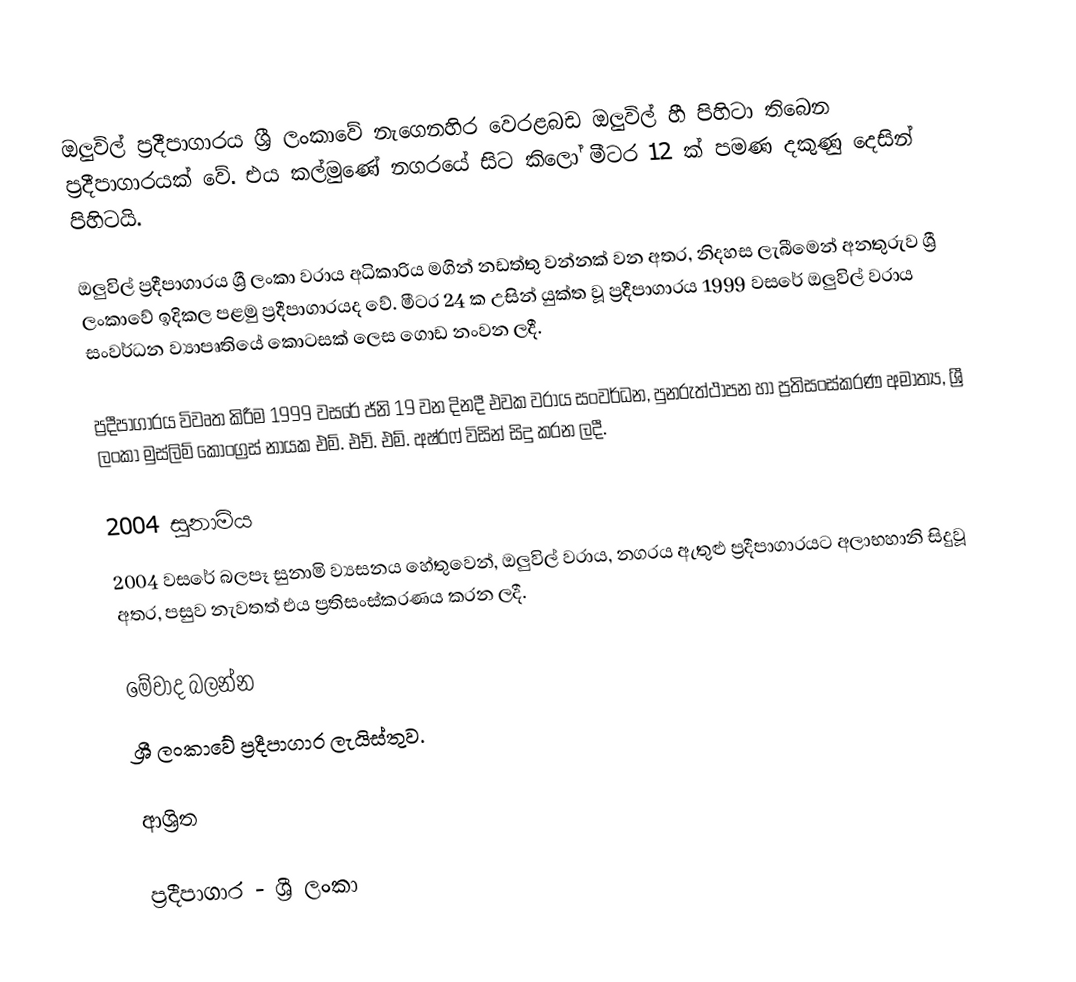
ඔලුවිල් ප්‍රදීපාගාරය ශ්‍රී ලංකාවේ නැගෙනහිර වෙරළබඩ ඔලුවිල් හී පිහිටා තිබෙන ප්‍රදීපාගාරයක් වේ. එය කල්මුණේ නගරයේ සිට කිලෝ මීටර 12 ක් පමණ දකුණු දෙසින් පිහිටයි.

ඔලුවිල් ප්‍රදීපාගාරය ශ්‍රී ලංකා වරාය අධිකාරිය මගින් නඩත්තු වන්නක් වන අතර, නිදහස ලැබීමෙන් අනතුරුව ශ්‍රී ලංකාවේ ඉදිකල පළමු ප්‍රදීපාගාරයද වේ. මීටර 24 ක උසින් යුක්ත වූ ප්‍රදීපාගාරය 1999 වසරේ ඔලුවිල් වරාය සංවර්ධන ව්‍යාපෘතියේ කොටසක් ලෙස ගොඩ නංවන ලදී.

ප්‍රදීපාගාරය විවෘත කිරීම 1999 වසරේ ජ්නි 19 වන දිනදී එවක වරාය සංවර්ධන, පුනරුත්ථාපන හා ප්‍රතිසංස්කරණ අමාත්‍ය, ශ්‍රී ලංකා මුස්ලිම් කොංග්‍රස් නායක එම්. එච්. එම්. අෂ්රෆ් විසින් සිදු කරන ලදී.

2004 සුනාමිය
2004 වසරේ බලපෑ සුනාමි ව්‍යසනය හේතුවෙන්, ඔලුවිල් වරාය, නගරය ඇතුළු ප්‍රදීපාගාරයට අලාභහානි සිදුවූ අතර, පසුව නැවතත් එය ප්‍රතිසංස්කරණය කරන ලදී.

මේවාද බලන්න
 ශ්‍රී ලංකාවේ ප්‍රදීපාගාර ලැයිස්තුව.

ආශ්‍රිත

ප්‍රදීපාගාර - ශ්‍රී ලංකා